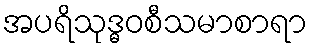
အပရိသုဒ္ဓဝစီသမာစာရာ